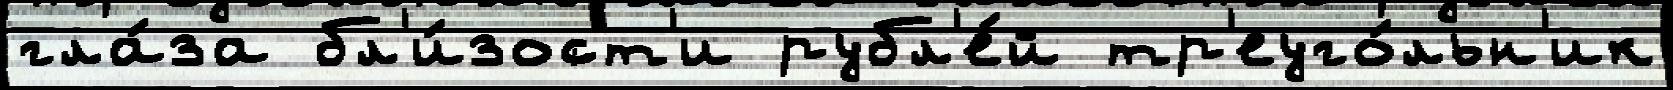
гла́за бл'и́зост'и рубл'е́й тр'еуго́льн'ик